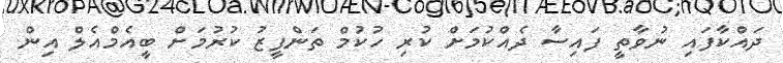
ދައްކާފައި ނުވާތީ ފައިސާ ދެއްކުމަށް ކުރި ހުކުމް ތަންފީޒު ކުރުމަށް ބީއެމްއެލް އިން